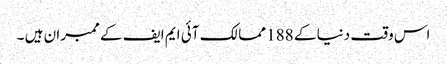
اس وقت دنیا کے 188 ممالک آئی ایم ایف کے ممبران ہیں ۔